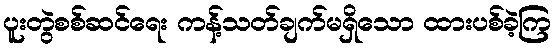
ပူးတွဲစစ်ဆင်ရေး ကန့်သတ်ချက်မရှိသော ထားပစ်ခဲ့ကြ